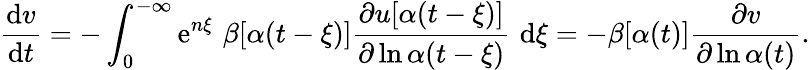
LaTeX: \frac{\mathrm{d}v}{\mathrm{d}t}=-\int_{0}^{-\infty}\mathrm{e}^{n\xi}\, \, \beta[\alpha(t-\xi)]\frac{\partial u[\alpha(t-\xi)]}{\partial\ln\alpha(t-\xi)}\, \, \mathrm{d}\xi=-\beta[\alpha(t)]\frac{\partial v}{\partial\ln\alpha(t)}.